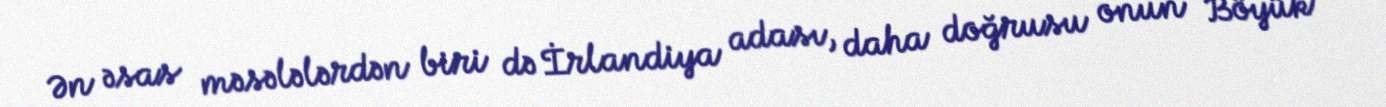
Ən əsas məsələlərdən biri də İrlandiya adası, daha doğrusu onun Böyük